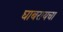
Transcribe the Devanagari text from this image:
घाबरायचा